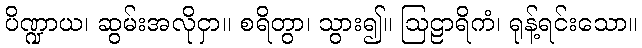
ပိဏ္ဍာယ၊ ဆွမ်းအလိုငှာ။ စရိတွာ၊ သွား၍။ ဩဠာရိကံ၊ ရုန့်ရင်းသော။